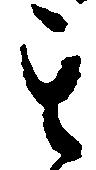
其